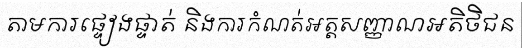
តាមការផ្ទៀងផ្ទាត់ និងការកំណត់អត្តសញ្ញាណអតិថិជន